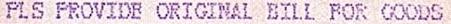
PLS PROVIDE ORIGINAL BILL FOR GOODS